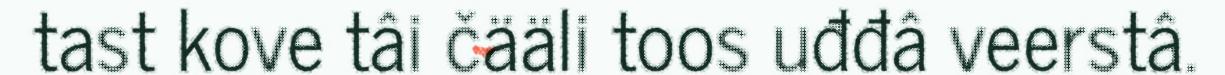
tast kove tâi čääli toos uđđâ veerstâ.